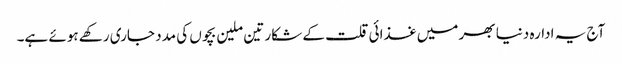
آج یہ ادارہ دنیا بھر میں غذائی قلت کے شکار تین ملین بچوں کی مدد جاری رکھے ہوئے ہے۔